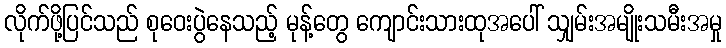
လိုက်ဖို့ပြင်သည် စုဝေးပွဲနေသည့် မုန့်တွေ ကျောင်းသားထုအပေါ် သျှမ်းအမျိုးသမီးအမှု